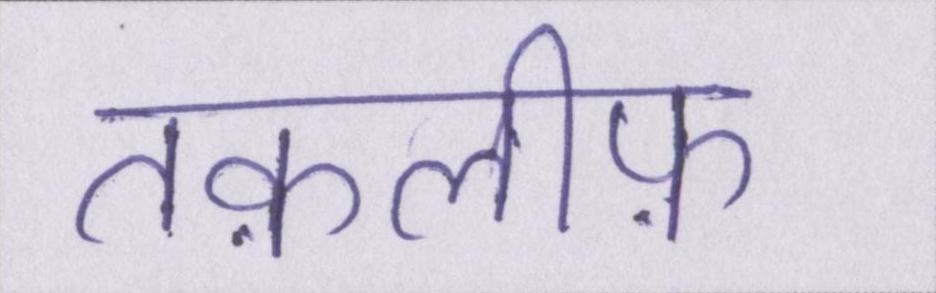
तक़लीफ़